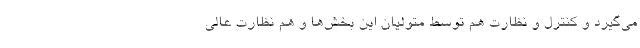
می‌گیرد و کنترل و نظارت هم توسط متولیان این بخش‌ها و هم نظارت عالی